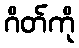
ဂိတ်ကို